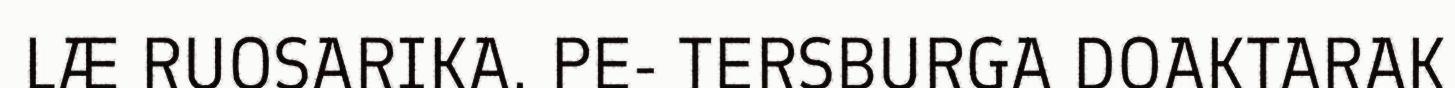
LÆ RUOSARIKA. PE- TERSBURGA DOAKTARAK